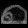
Digit: ၈